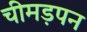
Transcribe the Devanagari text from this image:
चीमड़पन